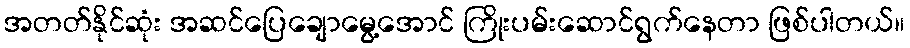
အတတ်နိုင်ဆုံး အဆင်ပြေချောမွေ့အောင် ကြိုးပမ်းဆောင်ရွက်နေတာ ဖြစ်ပါတယ်။